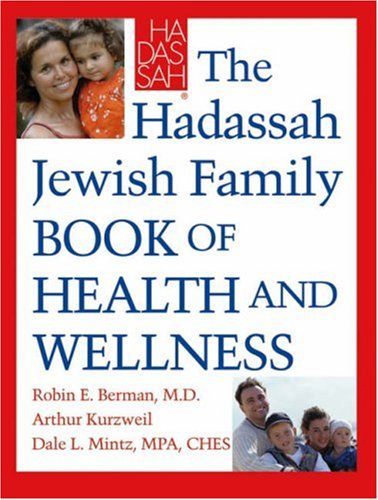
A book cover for The Hadassah Jewish Family Book of Health and Wellness; Dr. Robin E. Berman; Religion & Spirituality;